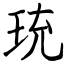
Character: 珫